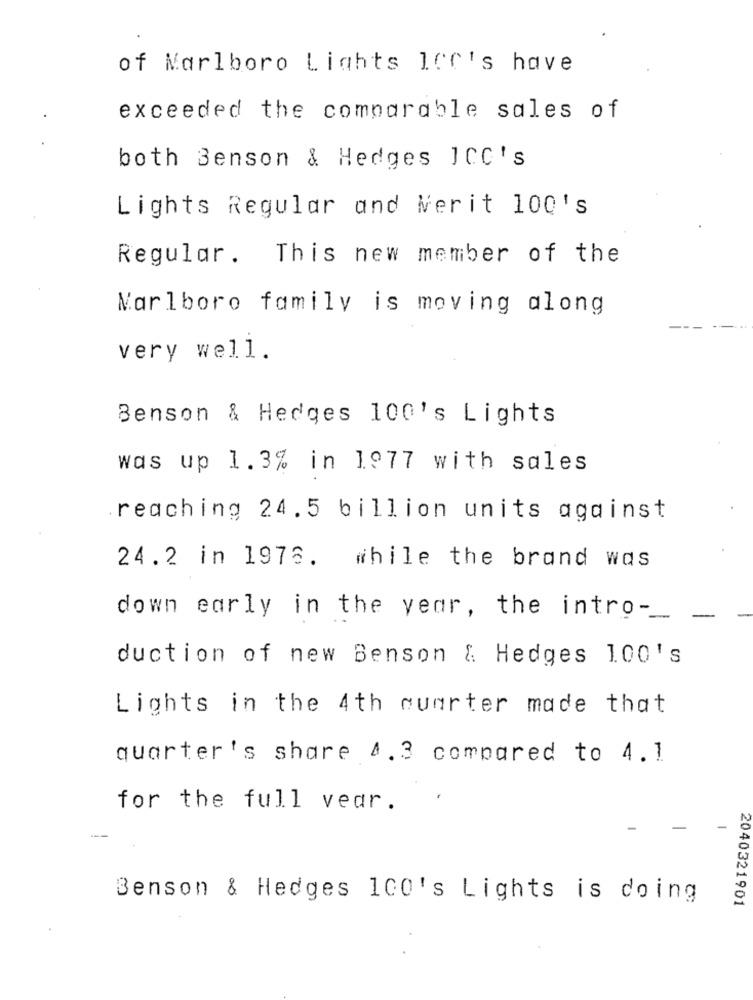
of Marlboro Lights I00's have
exceeded the comparable sales of
both Benson & Hedges JCC's
Lights Regular and Merit 100's
Regular. This new member of the
Marlboro family is moving along
very well.
Benson & Hedges 100's Lights
was up 1.3% in 1977 with sales
reaching 24.5 billion units against
24.2 in 1976. while the brand was
down early in the year, the intro -_
-
duction of new Benson & Hedges 100's
Lights in the 4th quarter made that
quarter's share 4.3 compared to 4.1
for the full vear.
Benson & Hedges 100's Lights is doing
2040321901